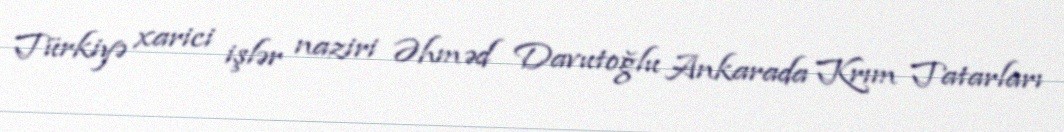
Türkiyə xarici işlər naziri Əhməd Davutoğlu Ankarada Krım Tatarları